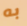
به